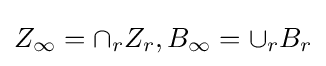
Z_{\infty }=\cap _{r}Z_{r},B_{\infty }=\cup _{r}B_{r}